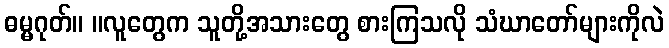
ဓမ္မဂုတ်။ ။လူတွေက သူတို့အသားတွေ စားကြသလို သံဃာတော်များကိုလဲ